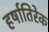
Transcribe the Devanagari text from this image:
हर्षातिरेक